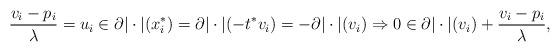
LaTeX: \begin{align*}\frac{v_i-p_i}{\lambda}=u_i\in\partial |\cdot|(x_i^*)=\partial |\cdot|(-t^*v_i)=-\partial|\cdot|(v_i)\Rightarrow 0\in\partial|\cdot|(v_i)+\frac{v_i-p_i}{\lambda},\end{align*}